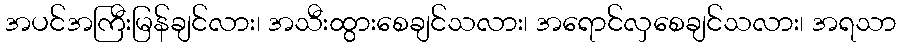
အပင်အကြီးမြန်ချင်လား၊ အသီးထွားစေချင်သလား၊ အရောင်လှစေချင်သလား၊ အရသာ